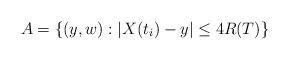
LaTeX: \begin{align*}A=\{{(y,w)}: |X(t_i)-{y}|\leq 4R(T)\}\end{align*}